Scottish Certificate of Education, 1963
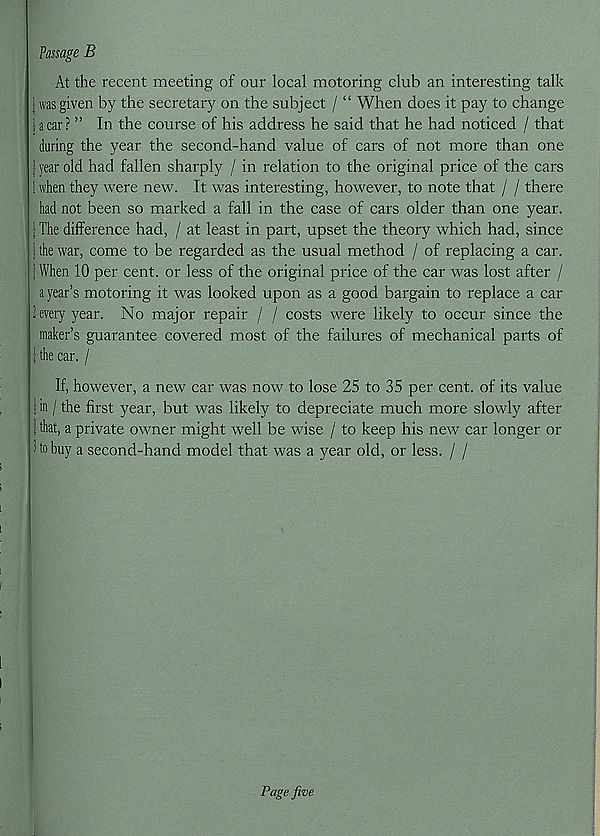
Passage B
At the recent meeting of our local motoring club an interesting talk
1 was given by the secretary on the subject / “ When does it pay to change
Jacar? ” In the course of his address he said that he had noticed / that
during the year the second-hand value of cars of not more than one
i year old had fallen sharply / in relation to the original price of the cars
1 when they were new. It was interesting, however, to note that / / there
had not been so marked a fall in the case of cars older than one year.
| The difference had, / at least in part, upset the theory which had, since
i the war, come to be regarded as the usual method / of replacing a car.
1 When 10 per cent, or less of the original price of the car was lost after /
a year’s motoring it was looked upon as a good bargain to replace a car
2 every year. No major repair / / costs were likely to occur since the
maker’s guarantee covered most of the failures of mechanical parts of
j the car. /
If, however, a new car was now to lose 25 to 35 per cent, of its value
1 in / the first year, but was likely to depreciate much more slowly after
! that, a private owner might well be wise / to keep his new car longer or
i to buy a second-hand model that was a year old, or less. / /
Page five